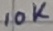
Text: 10K